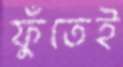
ফুঁতেই